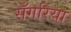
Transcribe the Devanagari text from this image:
सँगरिया